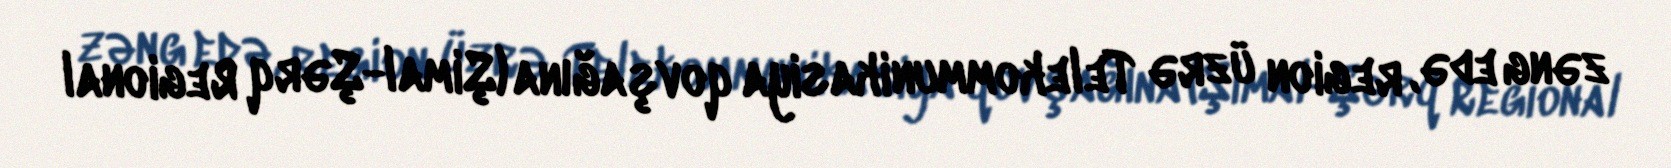
zəng edə, region üzrə Telekommunikasiya qovşağına (Şimal-Şərq Regional